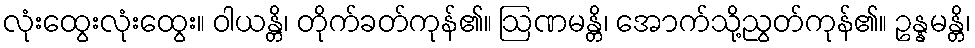
လုံးထွေးလုံးထွေး။ ဝါယန္တိ၊ တိုက်ခတ်ကုန်၏။ ဩဏမန္တိ၊ အောက်သို့ညွတ်ကုန်၏။ ဥန္နမန္တိ၊